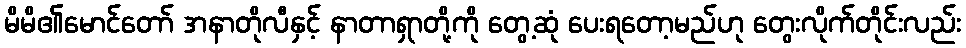
မိမိ၏မောင်တော် အနာတိုလီနှင့် နာတာရှာတို့ကို တွေ့ဆုံ ပေးရတော့မည်ဟု တွေးလိုက်တိုင်းလည်း